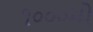
૧૦૦૦મો